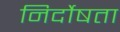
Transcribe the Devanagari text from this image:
निर्दोषता